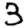
Digit: 3